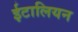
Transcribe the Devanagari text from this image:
ईटालियन